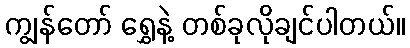
ကျွန်တော် ရွှေနဲ့ တစ်ခုလိုချင်ပါတယ်။